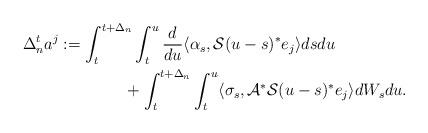
LaTeX: \begin{align*} \Delta_n^t a^j&:=\int_t^{t+\Delta_n}\int_t^u\frac d{du} \langle \alpha_s,\mathcal S(u-s)^*e_j\rangle dsdu \\ &\qquad\qquad+ \int_t^{t+\Delta_n} \int_t^u \langle \sigma_s, \mathcal A^*\mathcal S(u-s)^* e_j\rangle dW_sdu.\end{align*}